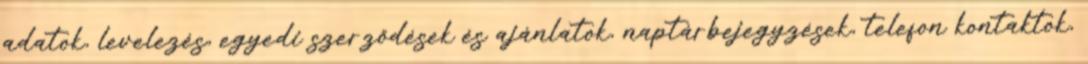
adatok, levelezés, egyedi szerződések és ajánlatok, naptárbejegyzések, telefon kontaktok,